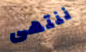
ننتهى